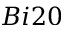
B i 2 0